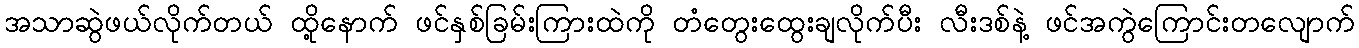
အသာဆွဲဖယ်လိုက်တယ် ထို့နောက် ဖင်နှစ်ခြမ်းကြားထဲကို တံတွေးထွေးချလိုက်ပီး လီးဒစ်နဲ့ ဖင်အကွဲကြောင်းတလျောက်